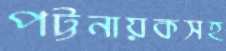
পট্টনায়কসহ